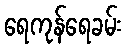
ရေကုန်ရေခမ်း